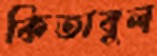
কিতাবুল